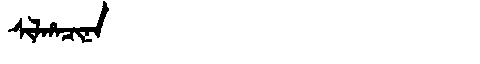
Manchu: ᠰᡳᠯᡥᠠᠴᡳᠨᠠ
Romanization: SILHACINA